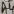
Text: A4